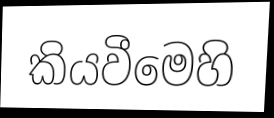
කියවීමෙහි